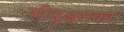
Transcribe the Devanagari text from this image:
सीवुड्सका